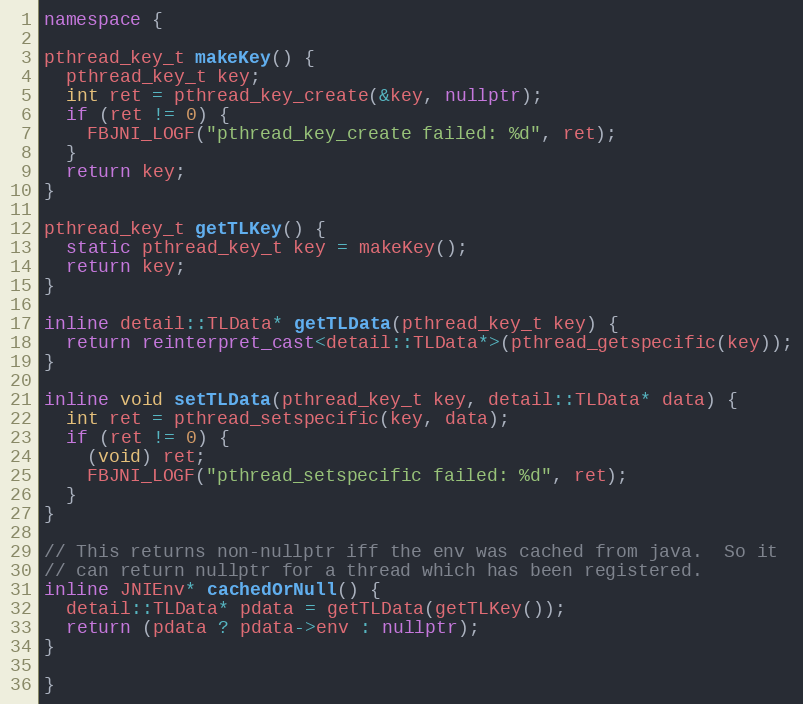
Language: C++
namespace {

pthread_key_t makeKey() {
  pthread_key_t key;
  int ret = pthread_key_create(&key, nullptr);
  if (ret != 0) {
    FBJNI_LOGF("pthread_key_create failed: %d", ret);
  }
  return key;
}

pthread_key_t getTLKey() {
  static pthread_key_t key = makeKey();
  return key;
}

inline detail::TLData* getTLData(pthread_key_t key) {
  return reinterpret_cast<detail::TLData*>(pthread_getspecific(key));
}

inline void setTLData(pthread_key_t key, detail::TLData* data) {
  int ret = pthread_setspecific(key, data);
  if (ret != 0) {
    (void) ret;
    FBJNI_LOGF("pthread_setspecific failed: %d", ret);
  }
}

// This returns non-nullptr iff the env was cached from java.  So it
// can return nullptr for a thread which has been registered.
inline JNIEnv* cachedOrNull() {
  detail::TLData* pdata = getTLData(getTLKey());
  return (pdata ? pdata->env : nullptr);
}

}